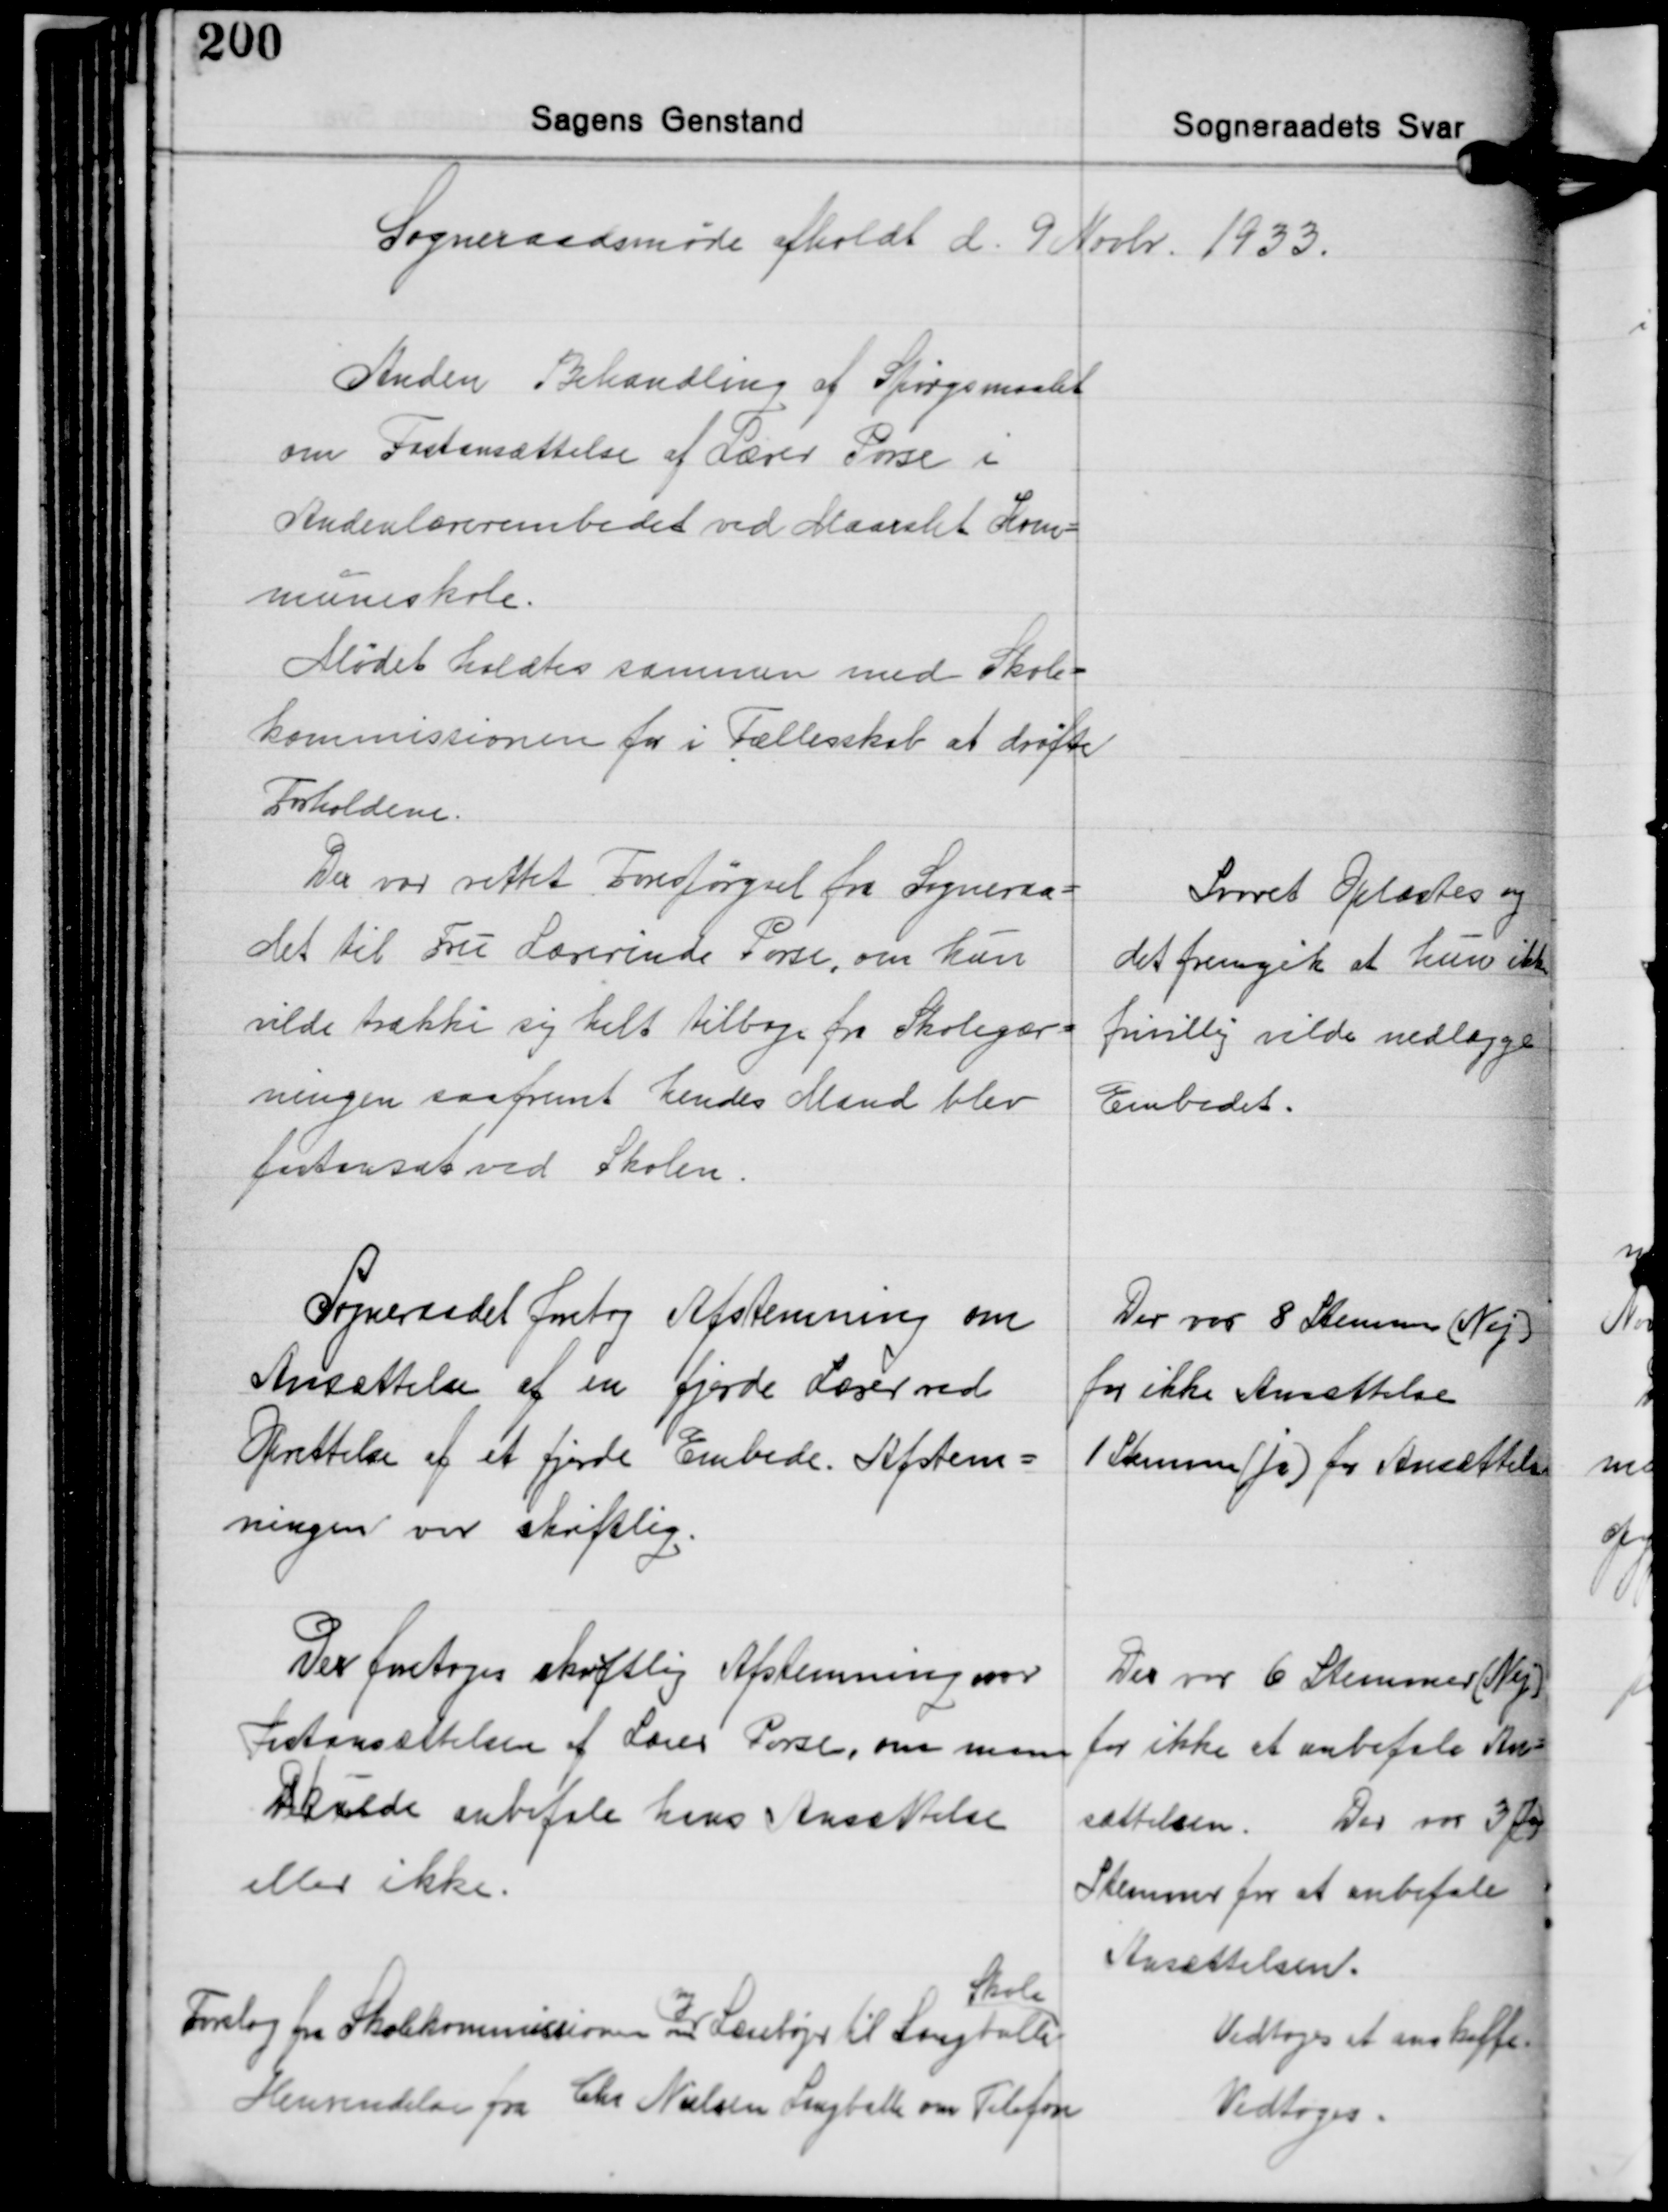
Transskription:
Sogneraadsmøde afholdt d. 9 Novbr. 1933.

Anden Behandling af Spørgsmaalet
om Fastansættelse af Lærer Porse i
Anderlærerembedet ved Maarslet Kom-
muneskole.
Mødet holdtes sammen med Skole-
kommissionen for i Fællesskab at drøfte
Forholdene.
Der var rettet Forespørgsel fra Sogneraa-
det til Fru Lærerinde Porse, om hun
vilde trække sig helt tilbage fra Skolegær-
ningen saafremt hendes Mand blev
fastansat ved Skolen.

Svaret Oplæstes og
det fremgik at hun ikke
frivillig vilde nedlægge
Embedet.

Sogneraadet foretog Afstemning om
Ansættelse af en fjerde Lærer ved
Oprettelse af et fjerde Embede. Afstem-
ningen var skriftlig.

Der var 8 Stemmer Nej
for ikke Ansættelse
1 Stemmer (Ja) for Ansættelse

Der foretoges skiftlig Afstemning over
Fastansættelsen af Lærer Porse, om man
skulde anbefale hans Ansættelse
eller ikke.

Der var 6 Stemmer (Nej)
for ikke at anbefale An-
sættelsen. Der var 3 (Ja)
Stemmer for at anbefale
Ansættelsen.

Skole
Forslag fra Skolekommissionen om Læsebøger til Langballe
ny
Henvendelse fra Chr. Nielsen Langballe om Telefon

Vedtoges at anskaffe
Vedtoges.